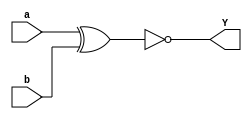
module xnor_gate(Y,a,b);
output Y;
input a, b;
xnor a_1(Y,a,b);
endmodule